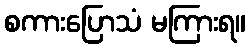
စကားပြောသံ မကြားရ။